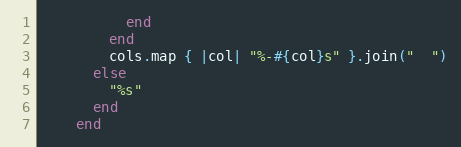
Language: Ruby
          end
        end
        cols.map { |col| "%-#{col}s" }.join("  ")
      else
        "%s"
      end
    end